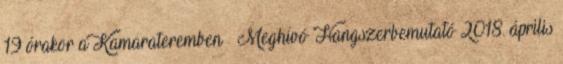
19 órakor a Kamarateremben – Meghívó Hangszerbemutató 2018. április